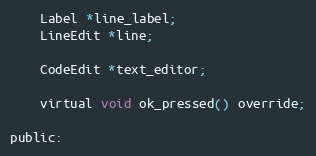
Language: C
	Label *line_label;
	LineEdit *line;

	CodeEdit *text_editor;

	virtual void ok_pressed() override;

public: